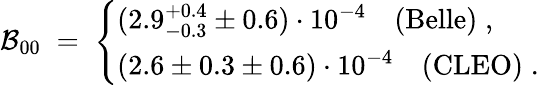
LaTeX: {\cal B}_{00}\; =\; \left\{ \begin{array}{l}{{(2.9_{-0.3}^{+0.4}\pm 0.6)\cdot 10^{-4}~~~~(\mathrm{Belle})\; ,\; \; \; \; \; \; }}\\ {{(2.6\pm 0.3\pm 0.6)\cdot 10^{-4}~~~~(\mathrm{CLEO})\; .}}\end{array}\right.